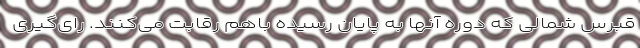
قبرس شمالی که دوره آنها به پایان رسیده باهم رقابت می‌کنند. رای‌گیری